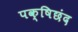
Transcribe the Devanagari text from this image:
पक्षिछंद